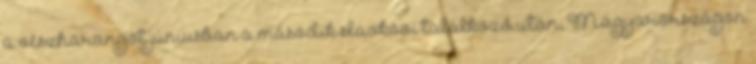
a vészharangot júniusban a második slavkovi találkozó után, Magyarországon